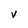
Character: V